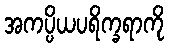
အကပ္ပိယပရိက္ခရာကို